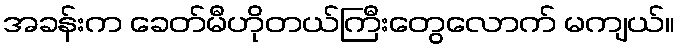
အခန်းက ခေတ်မီဟိုတယ်ကြီးတွေလောက် မကျယ်။